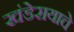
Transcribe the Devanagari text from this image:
खंडेरायाचे